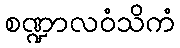
စဏ္ဍာလဝံသိကံ